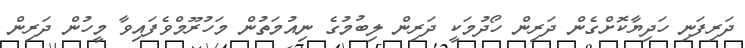
ދަރިފަނި ހަދިޔާކޮށްގެން ދަރިން ހޯދުމަކީ ދަރިން ލިބުމުގެ ނިއުމަތުން މަހުރޫމްވެފައިވާ މީހުން ދަރިން